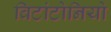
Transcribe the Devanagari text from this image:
विटांटोनियो